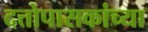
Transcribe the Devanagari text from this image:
दत्तोपासकांच्या